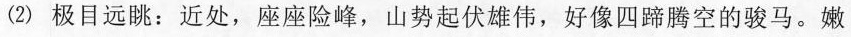
(2)极目远眺：近处，座座险峰，山势起伏雄伟，好像四蹄腾空的骏马。嫩